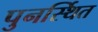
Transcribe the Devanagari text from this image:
पुनर्स्थित